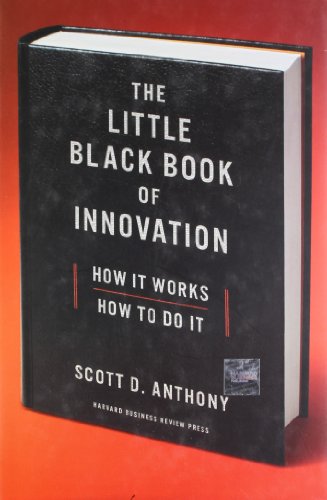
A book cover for The Little Black Book of Innovation: How It Works, How to Do It; Scott D. Anthony; Business & Money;